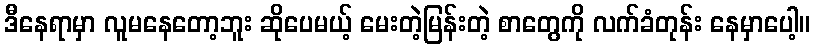
ဒီနေရာမှာ လူမနေတော့ဘူး ဆိုပေမယ့် မေးတဲ့မြန်းတဲ့ စာတွေကို လက်ခံတုန်း နေမှာပေါ့။